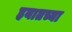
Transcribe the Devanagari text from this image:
हयातच्या